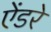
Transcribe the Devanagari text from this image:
ऐंडरे